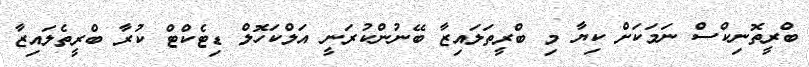
ބްރީތޮނިކްސް ނަމަކަށް ކިޔާ މި ބްރީތަލައިޒާ ބޭނުންކުރަނީ އަލްކަހޮލް ޑިޓެކްޓް ކުރާ ބްރީތެލައިޒާ